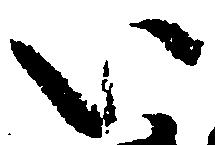
い